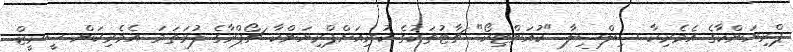
ޕްރިޔަންކާގެ އެމެރިކާ ސިލްސިލާ "ކުއަންޓިކޯ" ޗާޓުތަކުގެ ކުރިއަށްޕްރިޔަންކާ ޗޯޕްރާގެ ފުރަތަމަ އެމެރިކަން ސީރީޒް